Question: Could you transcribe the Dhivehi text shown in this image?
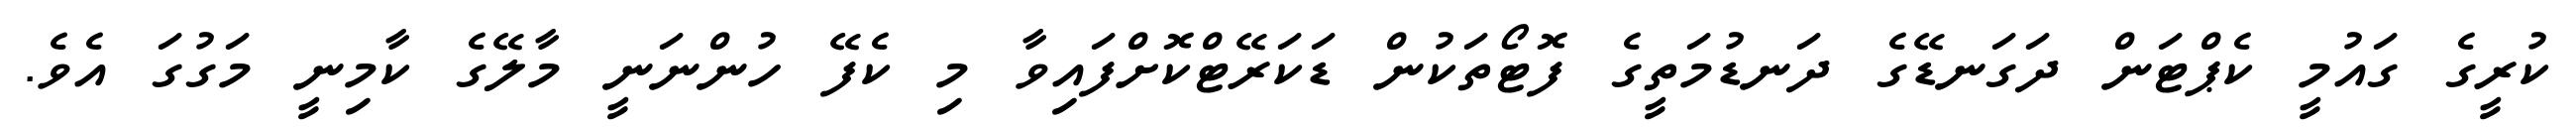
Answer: ކުރީގެ ގައުމީ ކެޕްޓަން ދަގަނޑޭގެ ދަނޑުމަތީގެ ފޮޓޯތަކުން ޑަކަރޭޓްކޮށްފައިވާ މި ކެފޭ ހުންނަނީ މާލޭގެ ކާމިނީ މަގުގަ އެވެ.